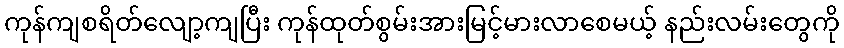
ကုန်ကျစရိတ်လျော့ကျပြီး ကုန်ထုတ်စွမ်းအားမြင့်မားလာစေမယ့် နည်းလမ်းတွေကို